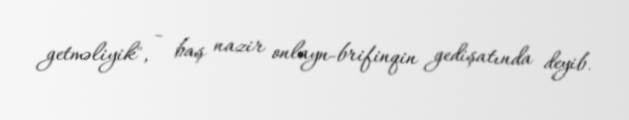
getməliyik", - baş nazir onlayn-brifinqin gedişatında deyib.